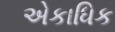
એકાધિક